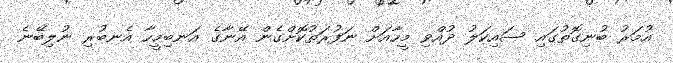
އުމަރު ބުނިގޮތުގައި ސައިކަލު ދުއްވި މީހާއަށް ނަފުރަތުކޮށްގެން އޭނާގެ އަނބިމީހާ އެނބުރި ނުލިބޭނެ